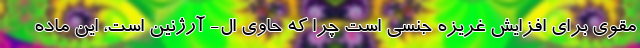
مقوی برای افزایش غریزه جنسی است چرا که حاوی ال- آرژنین است، این ماده